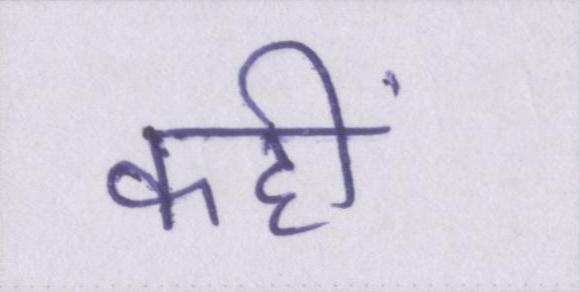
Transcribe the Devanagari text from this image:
कहीं